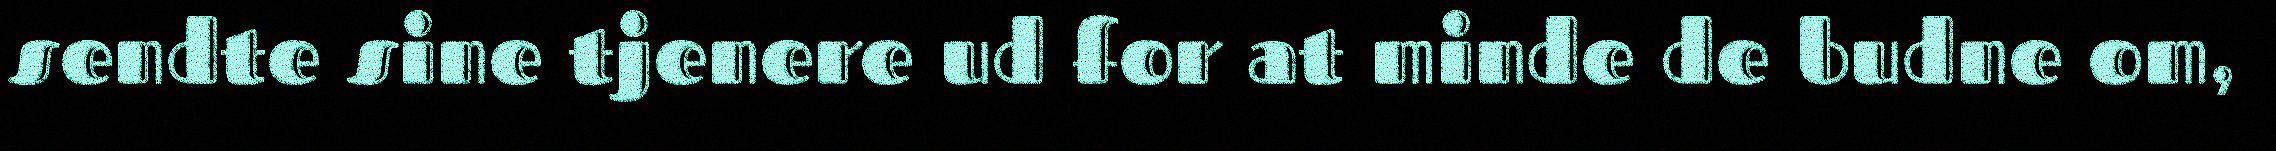
sendte sine tjenere ud for at minde de budne om,